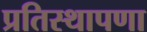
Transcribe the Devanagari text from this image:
प्रतिस्थापणा